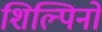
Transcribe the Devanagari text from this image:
शिल्पिनो